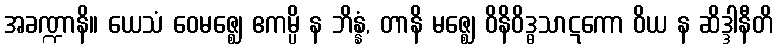
အခဏ္ဍာနိ။ ယေသံ ဝေမဇ္ဈေ ဧကမ္ပိ န ဘိန္နံ, တာနိ မဇ္ဈေ ဝိနိဝိဒ္ဓသာဋကော ဝိယ န ဆိဒ္ဒါနီတိ